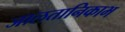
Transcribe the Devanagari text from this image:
जालतानिकाभ